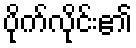
ပိုက်လိုင်း၏